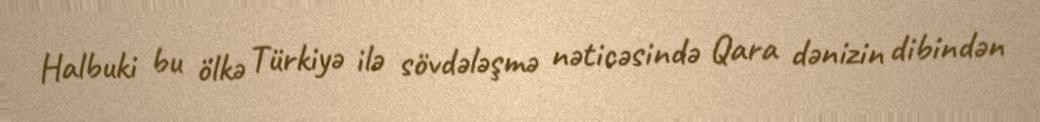
Halbuki bu ölkə Türkiyə ilə sövdələşmə nəticəsində Qara dənizin dibindən